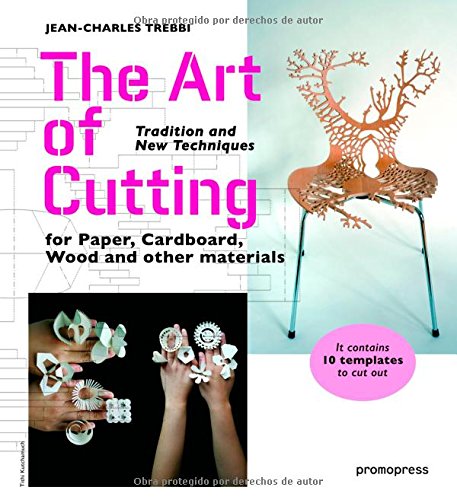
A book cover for The Art of Cutting: Tradition and New Techniques for Paper, Cardboard, Wood and Other Materials; Jean-Charles Trebbi; Crafts, Hobbies & Home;